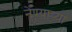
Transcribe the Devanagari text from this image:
नेण्यार्‍या